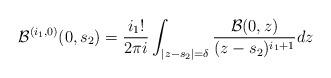
LaTeX: \begin{align*} \mathcal{B}^{(i_1,0)}(0,s_2) = \frac{i_1 !}{2 \pi i} \int_{|z-s_2|=\delta} \frac{\mathcal{B}(0,z)}{(z-s_2)^{i_1+1}} dz \end{align*}